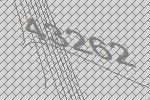
43262